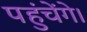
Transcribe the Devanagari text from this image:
पहुंचेंगे।